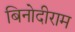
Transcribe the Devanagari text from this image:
बिनोदीराम